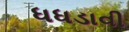
ધધડાવી